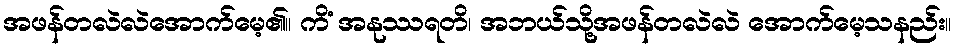
အဖန်တလဲလဲအောက်မေ့၏။ ကိံ အနုဿရတိ၊ အဘယ်သို့အဖန်တလဲလဲ အောက်မေ့သနည်း။